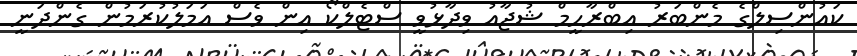
ކައުންސިލްގެ މެންބަރު އިބްރާހީމް ޝުޖާއު ވިދާޅުވީ ސްޓެލްކޯ އިން ވެސް އަމަލުކުރަމުން ގެންދަނީ